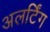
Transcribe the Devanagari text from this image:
अलर्टिंग